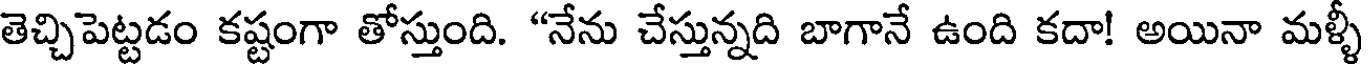
తెచ్చిపెట్టడం కష్టంగా తోస్తుంది. "నేను చేస్తున్నది బాగానే ఉంది కదా! అయినా మళ్ళీ